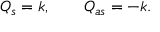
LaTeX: Q _ { s } = k , \qquad Q _ { a s } = - k .